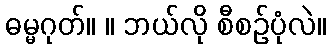
ဓမ္မဂုတ်။ ။ ဘယ်လို စီစဉ်ပုံလဲ။